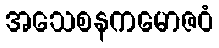
အသေစနကမောဇဝံ